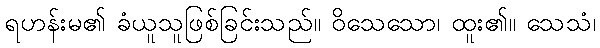
ရဟန်းမ၏ ခံယူသူဖြစ်ခြင်းသည်။ ဝိသေသော၊ ထူး၏။ သေသံ၊